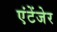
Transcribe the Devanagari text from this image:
एंटेंजेर